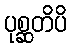
ပုစ္ဆတိပိ